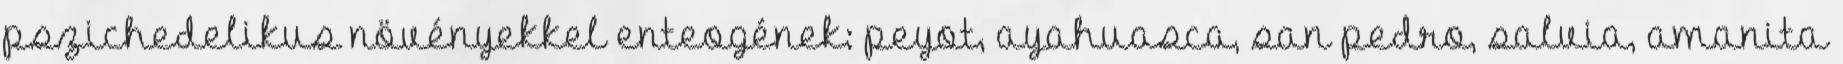
pszichedelikus növényekkel enteogének: peyot, ayahuasca, san pedro, salvia, amanita